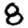
Digit: 8